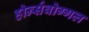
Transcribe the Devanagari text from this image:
होर्न्सवोग्गल